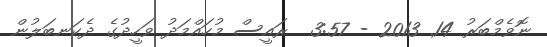
ނޮވެމްބަރު 14